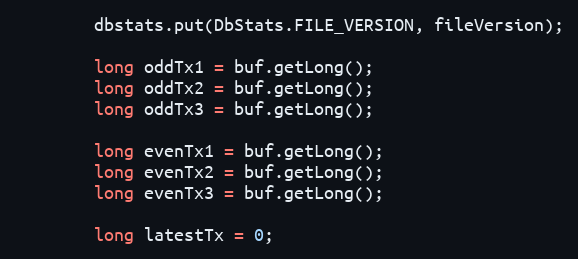
Language: Java
		dbstats.put(DbStats.FILE_VERSION, fileVersion);

		long oddTx1 = buf.getLong();
		long oddTx2 = buf.getLong();
		long oddTx3 = buf.getLong();

		long evenTx1 = buf.getLong();
		long evenTx2 = buf.getLong();
		long evenTx3 = buf.getLong();

		long latestTx = 0;